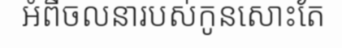
អំពីចលនារបស់កូនសោះតែ